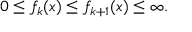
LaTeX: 0 \leq f _ { k } ( x ) \leq f _ { k + 1 } ( x ) \leq \infty .